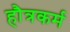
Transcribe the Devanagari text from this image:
हौत्रकर्म